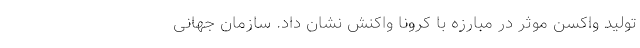
تولید واکسن موثر در مبارزه با کرونا واکنش نشان داد. سازمان جهانی